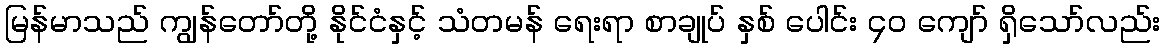
မြန်မာသည် ကျွန်တော်တို့ နိုင်ငံနှင့် သံတမန် ရေးရာ စာချုပ် နှစ် ပေါင်း ၄၀ ကျော် ရှိသော်လည်း